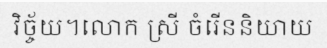
វិច្ច័យ។លោក ស្រី ចំរើននិយាយ